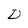
Character: D